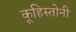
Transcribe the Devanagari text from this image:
कूहिस्तोनी